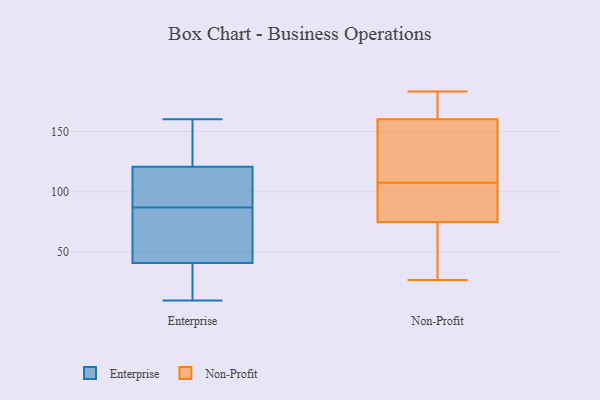
{"axis": {"x": "Net Income (USD K)", "y": "Value"}, "legend": ["Enterprise", "Non-Profit"], "data": [{"x": "", "y": 62, "type": "Enterprise"}, {"x": "", "y": 90, "type": "Enterprise"}, {"x": "", "y": 70, "type": "Enterprise"}, {"x": "", "y": 117, "type": "Enterprise"}, {"x": "", "y": 34, "type": "Enterprise"}, {"x": "", "y": 160, "type": "Enterprise"}, {"x": "", "y": 32, "type": "Enterprise"}, {"x": "", "y": 102, "type": "Enterprise"}, {"x": "", "y": 18, "type": "Enterprise"}, {"x": "", "y": 68, "type": "Enterprise"}, {"x": "", "y": 122, "type": "Enterprise"}, {"x": "", "y": 143, "type": "Enterprise"}, {"x": "", "y": 87, "type": "Enterprise"}, {"x": "", "y": 10, "type": "Enterprise"}, {"x": "", "y": 124, "type": "Enterprise"}, {"x": "", "y": 165, "type": "Non-Profit"}, {"x": "", "y": 109, "type": "Non-Profit"}, {"x": "", "y": 183, "type": "Non-Profit"}, {"x": "", "y": 27, "type": "Non-Profit"}, {"x": "", "y": 180, "type": "Non-Profit"}, {"x": "", "y": 117, "type": "Non-Profit"}, {"x": "", "y": 72, "type": "Non-Profit"}, {"x": "", "y": 83, "type": "Non-Profit"}, {"x": "", "y": 183, "type": "Non-Profit"}, {"x": "", "y": 155, "type": "Non-Profit"}, {"x": "", "y": 78, "type": "Non-Profit"}, {"x": "", "y": 48, "type": "Non-Profit"}, {"x": "", "y": 99, "type": "Non-Profit"}, {"x": "", "y": 126, "type": "Non-Profit"}, {"x": "", "y": 58, "type": "Non-Profit"}, {"x": "", "y": 106, "type": "Non-Profit"}]}